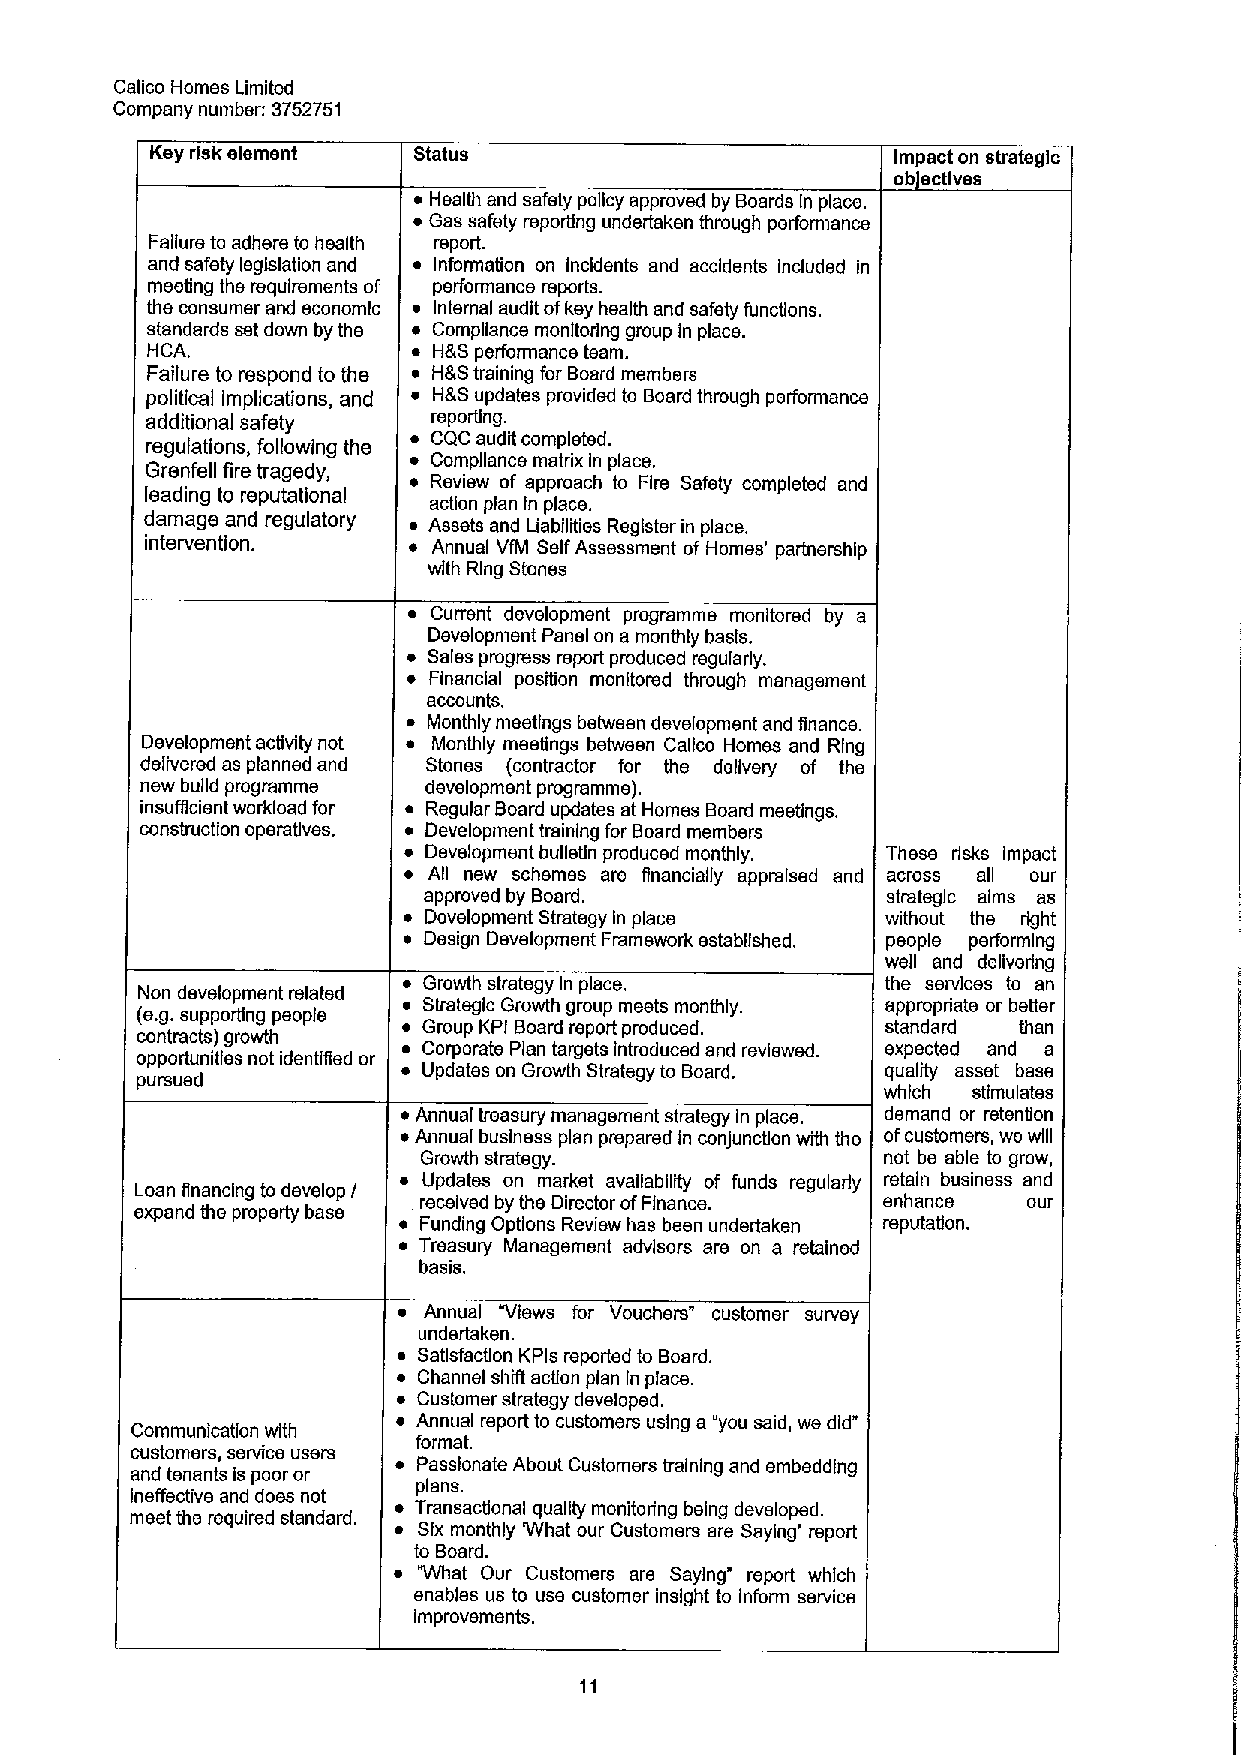
Calico Homes Limited
 Company number: 3752751
 Ksy risk element Status                          Impact on strategic
 ob sctlves
 ~ Health and safety policy approved by Boards In place.
 ~ Gas safety reporting undertaken through performance
 Failure to adhere to health report.
 and safety legislation and ~ Information on incklsnts and accidents Included in
 meeting the requirements of performance reports.
 the consumer and economic ~ Internal audit ofkey health and safety functions.
 standards set down bythe ~ Compliance monitoring group in place.
 HCA.             ~ H&S performance team.
 Failure to respond to the ~ H&Straining for Board members
 political implications, and ~ H&S updates provided to Board through performance
 additional safety  reporting.
 ~ CQC audit completed.
 regulations, following the
 Grenfsll fire tragedy, ~ Compliance matrix In place.
 ~ Review of approach to Fire Safety completed and
 leading to reputational
 action plan ln place.
 damage and regulatory ~ Assets and Liabilities Register in place.
 intervention.    ~ Annual VfM SelfAssessment of Homes' partnership
 with Ring Stones
 ~ Current development programme monitored by a
 Development Panel on a monthly basis.
 ~ Sales progress report produced regularly.
 ~ Financial position monitored through management
 accounts.
 ~ Monthly meetings between development and finance.
 Development activity not ~ Monthly meetings between Calico Homes and Ring
 delivered as planned and Stones (contractor for the delivery of the
 new build programme development programme).
 insufficien workload for ~ Regular Board updates at Homes Board meetings.
 construction operatives. ~ Development training for Board members
 ~ Development bulletin produced monthly. These risks impact
 ~ All new schemes are financially appraised and across all our
 approved by Board.             strategic alms as
 ~ Development Strategy In place without the right
 ~ Design Development Framework established. people performing
 well and delivering
 ~ Growth strategy In place.     the services to an
 Non development related
 (e.g.supporting people ~ Strategic Growth group meets monthly. appropriate or better
 ~ Group KPI Board report produced. standard than
 contracts) growth
 ~ Corporate Plan targets introduced and reviewed. expected and a
 opportunities not identiilsd or
 ~ Updates on Growth Strategy to Board. quality asset base
 pursued
 which stimulates
 ~Annual treasury management strategy in place. demand or retention
 ~Annual business plan prepared in con)unction with the ofcustomers, we will
 Growth strategy.              not be able to grow,
 eL xo pa an ndfina thn ecin pg ropt eo rtd yev bel ao sp
 e
 /  ~ rU ecp ed ia vt ee ds bo yn them Dar ik re et ctorav oai fla Fb ii nli aty nce.of funds regularly ere nt hai an ncebusiness a on ud
 r
 ~ Funding Options Review has been undertaken reputatlon.
 ~ Treasury Management advisors are on a retained
 basis.
 ~ Annual "Views for Vouchers" customer survey
 undertaken.
 ~ Satisfaction KPls reported to Board.
 ~ Channel shift action plan in place.
 ~ Customer strategy developed.
 ~ Annual report to customers using a "you said, we did"
 Communication with
 format.
 customers, service users
 ~ Passionate About Customers training and embedding
 and tenants is poor or
 plans.
 ineffective and does not
 ~ Transactional quality monitoring being developed.
 meet the required standard.
 ~ Six monthly Whet our Customers are Saying' report
 to Board.
 ~ Vyhat Our Customers are Saying" report which
 enables us to use customer insight to inform service
 improvements.
 11